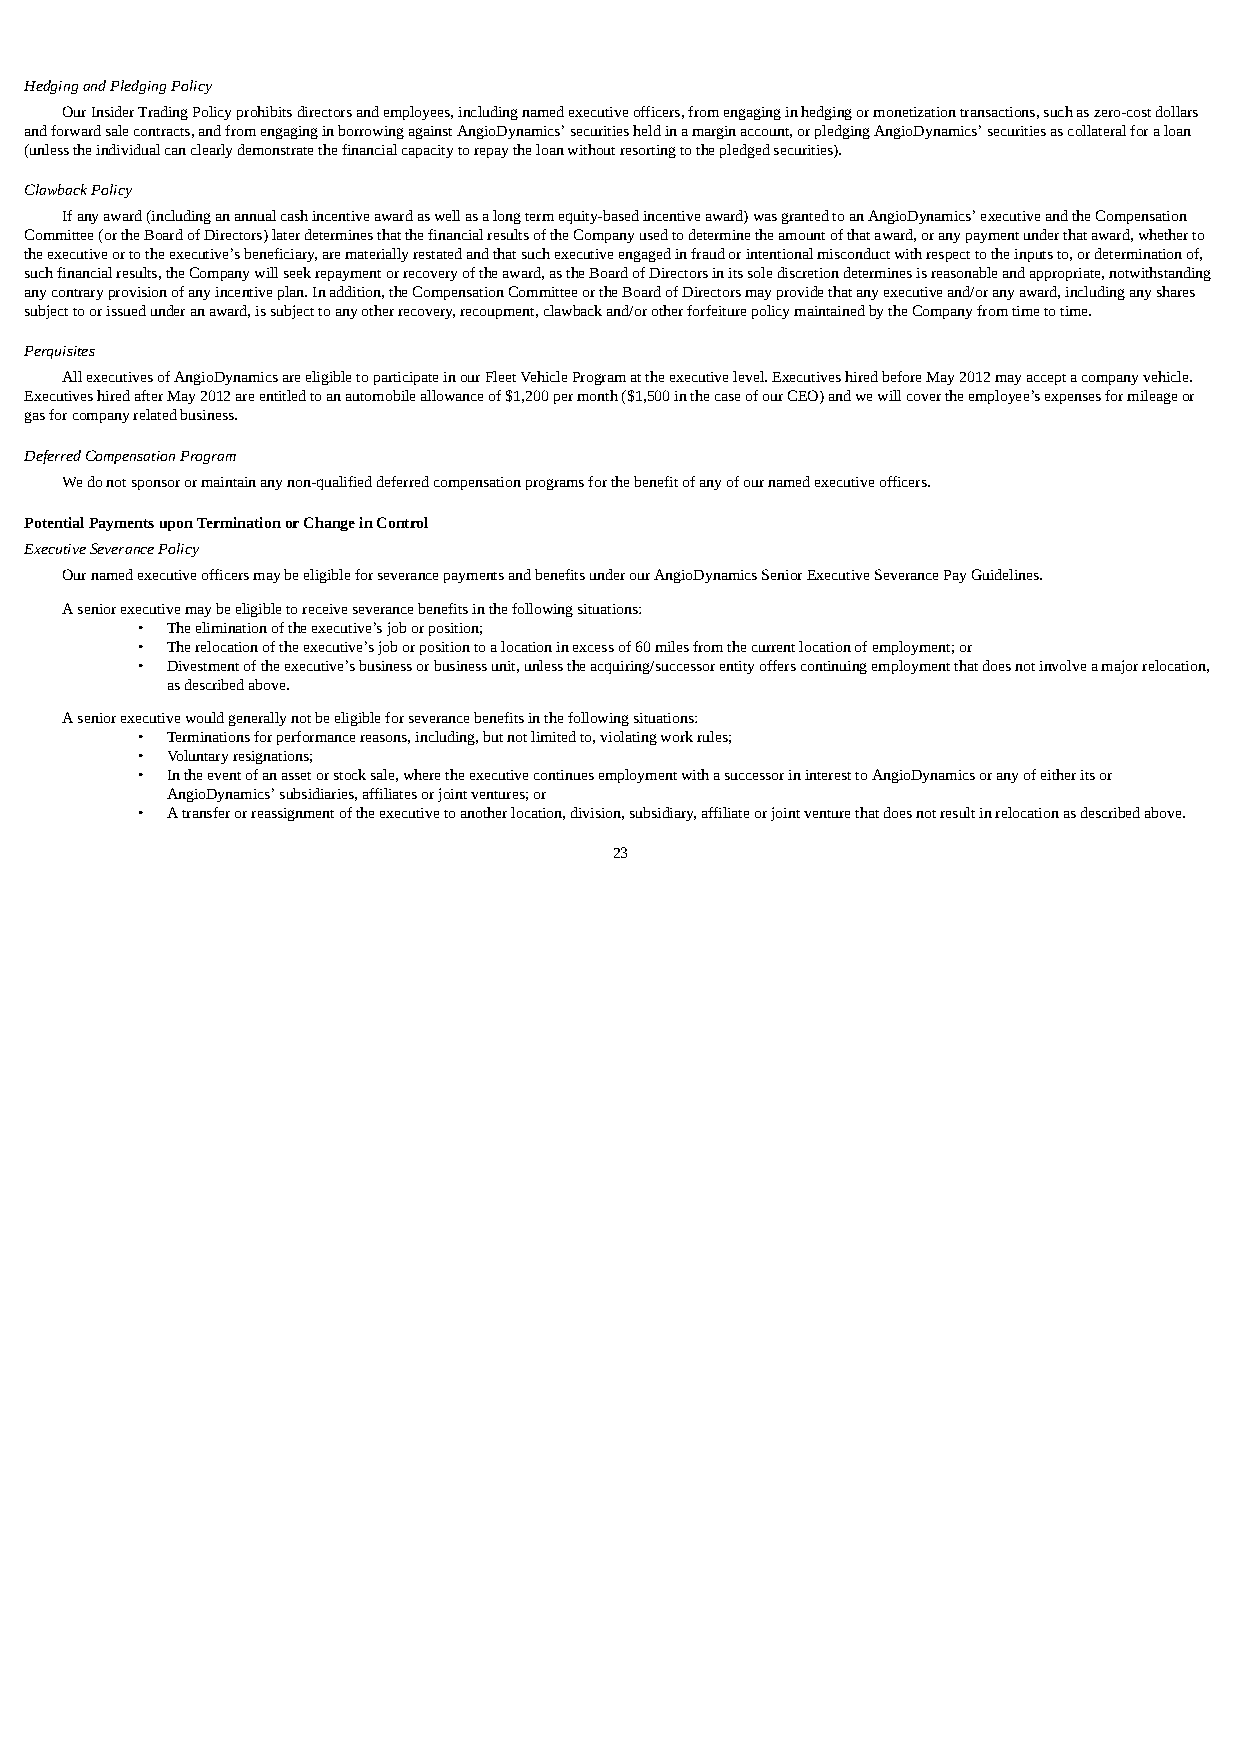
Hedging and Pledging Policy
 Our Insider Trading Policy prohibits directors and employees, including named executive officers, from engaging in hedging or monetization transactions, such as zero-cost dollars
 and forward sale contracts, and from engaging in borrowing against AngioDynamics’ securities held in a margin account, or pledging AngioDynamics’ securities as collateral for a loan
 (unless the individual can clearly demonstrate the financial capacity to repay the loan without resorting to the pledged securities).
 Clawback Policy
 If any award (including an annual cash incentive award as well as a long term equity-based incentive award) was granted to an AngioDynamics’ executive and the Compensation
 Committee (or the Board of Directors) later determines that the financial results of the Company used to determine the amount of that award, or any payment under that award, whether to
 the executive or to the executive’s beneficiary, are materially restated and that such executive engaged in fraud or intentional misconduct with respect to the inputs to, or determination of,
 such financial results, the Company will seek repayment or recovery of the award, as the Board of Directors in its sole discretion determines is reasonable and appropriate, notwithstanding
 any contrary provision of any incentive plan. In addition, the Compensation Committee or the Board of Directors may provide that any executive and/or any award, including any shares
 subject to or issued under an award, is subject to any other recovery, recoupment, clawback and/or other forfeiture policy maintained by the Company from time to time.
 Perquisites
 All executives of AngioDynamics are eligible to participate in our Fleet Vehicle Program at the executive level. Executives hired before May 2012 may accept a company vehicle.
 Executives hired after May 2012 are entitled to an automobile allowance of $1,200 per month ($1,500 in the case of our CEO) and we will cover the employee’s expenses for mileage or
 gas for company related business.
 Deferred Compensation Program
 We do not sponsor or maintain any non-qualified deferred compensation programs for the benefit of any of our named executive officers.
 Potential Payments upon Termination or Change in Control
 Executive Severance Policy
 Our named executive officers may be eligible for severance payments and benefits under our AngioDynamics Senior Executive Severance Pay Guidelines.
 A senior executive may be eligible to receive severance benefits in the following situations:
 • The elimination of the executive’s job or position;
 • The relocation of the executive’s job or position to a location in excess of 60 miles from the current location of employment; or
 • Divestment of the executive’s business or business unit, unless the acquiring/successor entity offers continuing employment that does not involve a major relocation,
 as described above.
 A senior executive would generally not be eligible for severance benefits in the following situations:
 • Terminations for performance reasons, including, but not limited to, violating work rules;
 • Voluntary resignations;
 • In the event of an asset or stock sale, where the executive continues employment with a successor in interest to AngioDynamics or any of either its or
 AngioDynamics’ subsidiaries, affiliates or joint ventures; or
 • A transfer or reassignment of the executive to another location, division, subsidiary, affiliate or joint venture that does not result in relocation as described above.
 23